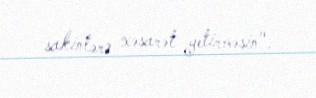
sakinlərə xəsarət yetirməsin".